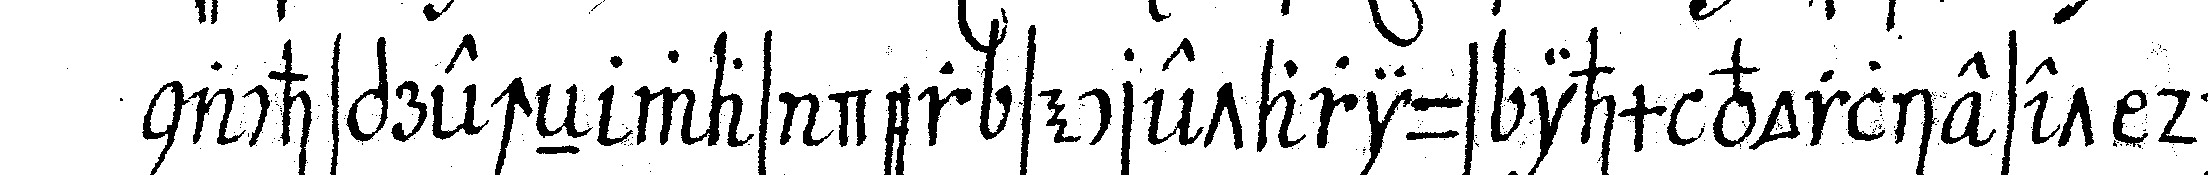
nachsprecheN was der secretarius ihm vorlieset die